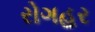
રોગહર